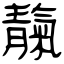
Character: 靝